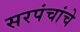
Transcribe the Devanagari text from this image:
सरपंचांचे